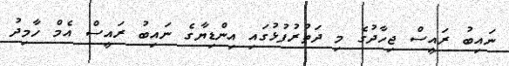
ނައިބު ރައީސް ޖިހާދުގެ މި ދަތުރުފުޅުގައި އިންޑިޔާގެ ނައިބު ރައީސް އެމް ހާމިދު